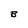
Character: B